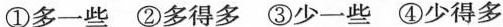
①多一些 ②多得多 ③少一些 ④少得多